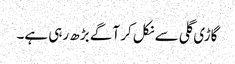
گاڑی گلی سے نکل کر آگے بڑھ رہی ہے۔